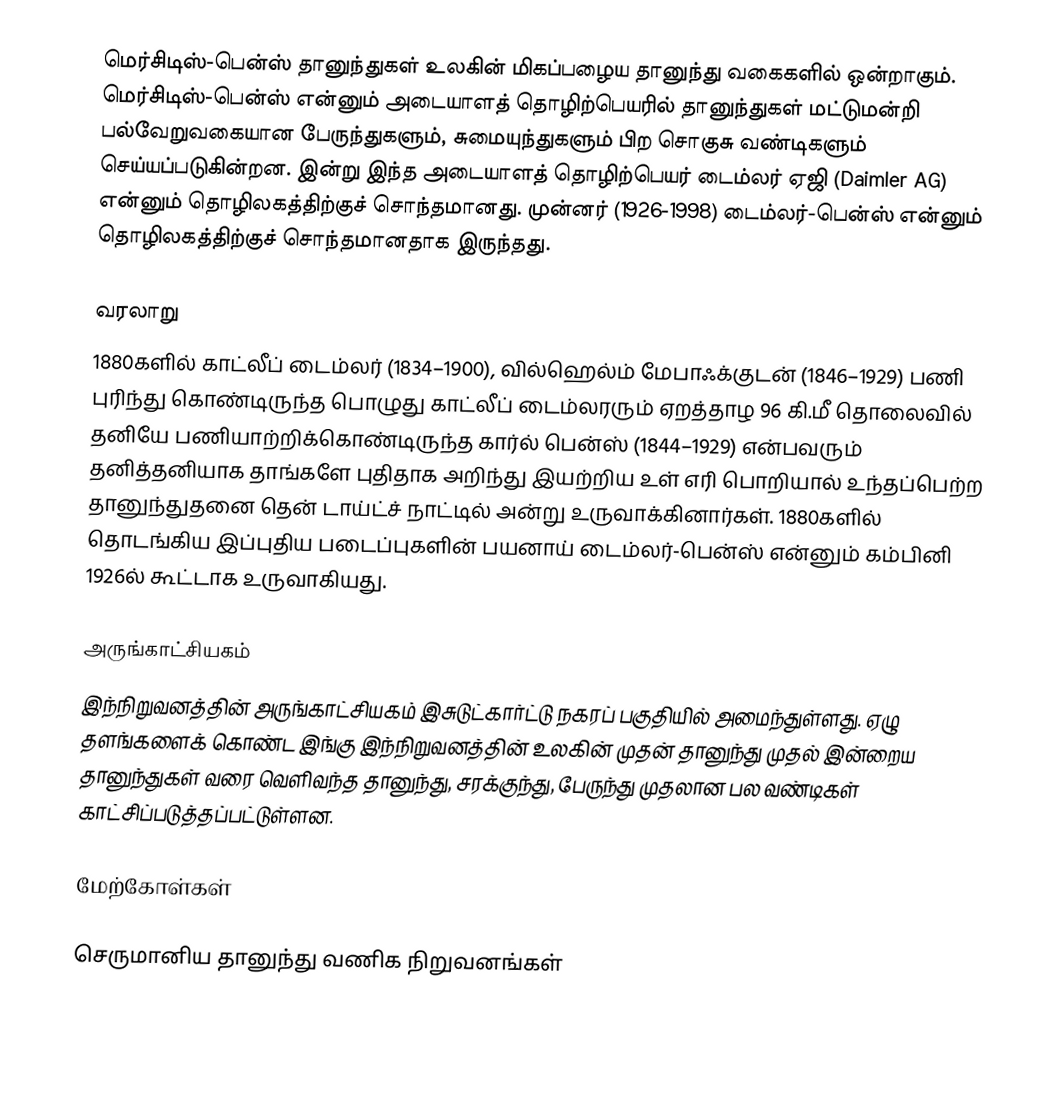
மெர்சிடிஸ்-பென்ஸ் தானுந்துகள் உலகின் மிகப்பழைய தானுந்து வகைகளில் ஒன்றாகும். மெர்சிடிஸ்-பென்ஸ் என்னும் அடையாளத் தொழிற்பெயரில் தானுந்துகள் மட்டுமன்றி பல்வேறுவகையான பேருந்துகளும், சுமையுந்துகளும் பிற சொகுசு வண்டிகளும் செய்யப்படுகின்றன. இன்று இந்த அடையாளத் தொழிற்பெயர் டைம்லர் ஏஜி (Daimler AG) என்னும் தொழிலகத்திற்குச் சொந்தமானது. முன்னர் (1926-1998) டைம்லர்-பென்ஸ் என்னும் தொழிலகத்திற்குச் சொந்தமானதாக இருந்தது.

வரலாறு
1880களில் காட்லீப் டைம்லர் (1834–1900), வில்ஹெல்ம் மேபாஃக்குடன் (1846–1929) பணி புரிந்து கொண்டிருந்த பொழுது காட்லீப் டைம்லரரும் ஏறத்தாழ 96 கி.மீ தொலைவில் தனியே பணியாற்றிக்கொண்டிருந்த கார்ல் பென்ஸ் (1844–1929) என்பவரும் தனித்தனியாக தாங்களே புதிதாக அறிந்து இயற்றிய உள் எரி பொறியால் உந்தப்பெற்ற தானுந்துதனை தென் டாய்ட்ச் நாட்டில் அன்று உருவாக்கினார்கள். 1880களில் தொடங்கிய இப்புதிய படைப்புகளின் பயனாய் டைம்லர்-பென்ஸ் என்னும் கம்பினி 1926ல் கூட்டாக உருவாகியது.

அருங்காட்சியகம்
இந்நிறுவனத்தின் அருங்காட்சியகம் இசுடுட்கார்ட்டு நகரப் பகுதியில் அமைந்துள்ளது. ஏழு தளங்களைக் கொண்ட இங்கு இந்நிறுவனத்தின் உலகின் முதன் தானுந்து முதல் இன்றைய தானுந்துகள் வரை வெளிவந்த தானுந்து, சரக்குந்து, பேருந்து முதலான பல வண்டிகள் காட்சிப்படுத்தப்பட்டுள்ளன.

மேற்கோள்கள்

செருமானிய தானுந்து வணிக நிறுவனங்கள்